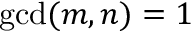
\operatorname* { g c d } ( m , n ) = 1